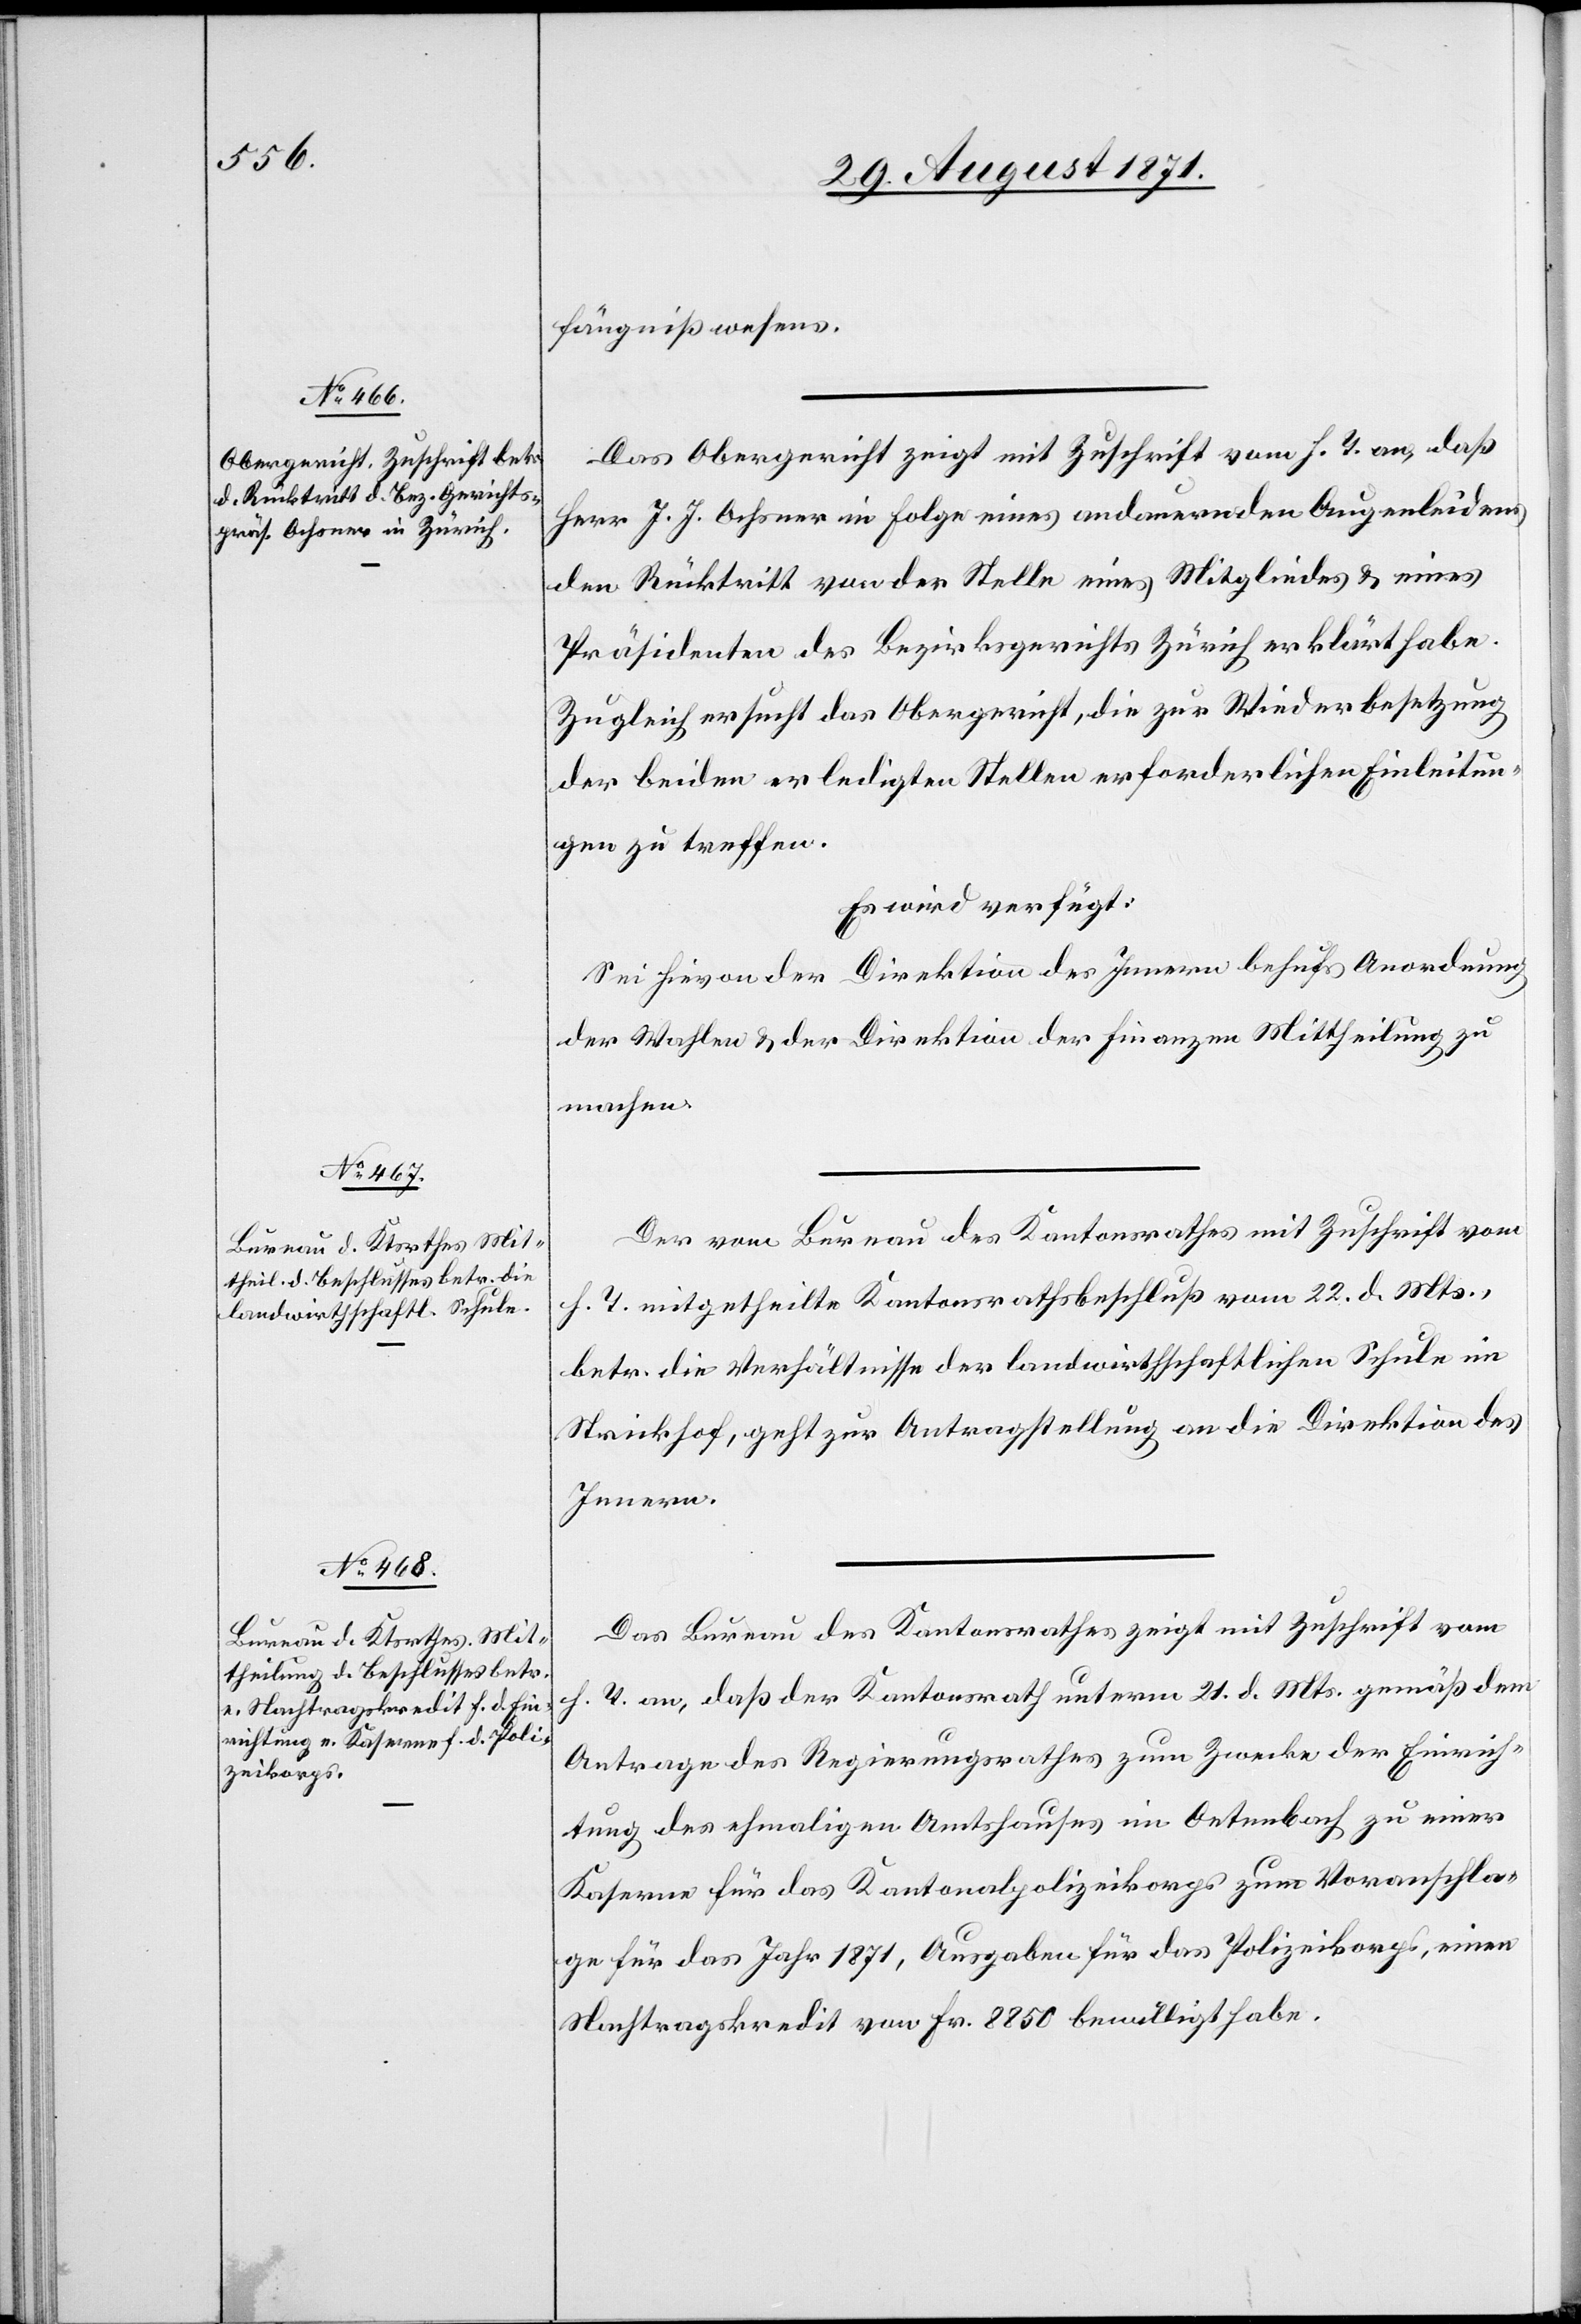
29. August 1871.]
fängniswesens.
Das Obergericht zeigt mit Zuschrift vom h. T. an, daß
Herr J. J. Ochsner in Folge eines andauernden Augenleidens
den Rücktritt von der Stelle eines Mitgliedes & eines
Präsidenten das Bezirksgerichts Zürich erklärt habe.
Zugleich ersucht das Obergericht, die zur Wiederbesetzung
der beiden erledigten Stellen erforderlichen Einleitun¬
gen zu treffen.
Es wird verfügt:
Sei hirvon der Direktion des Innern behufs Anordnung
der Wahlen & der Direktion der Finanzen Mittheilung zu
machen.
Der vom Bureau des Kantonsrathes mit Zuschrift vom
h. T. mitgetheilte Kantonsrathsbeschluß vom 22. d. Mts.,
betr. die Verhältnisse der landwirtschaftlichen Schule im
Strickhof, geht zur Antragstellung an die Direktion des
Innern.
Das Bureau des Kantonsrathes zeigt mit Zuschrift vom
h. T. an, daß der Kantonsrath unterm 21. d. Mts. gemäß dem
Antrage des Regierungsrathes zum Zwecke der Einrich¬
tung des ehmaligen Amtshauses in Oetenbach zu einer
Kaserne für das Kantonalpolizeikorps zum Voranschla¬
ge für das Jahr 1871, Ausgaben für das Polizeikorps, einen
Nachtragskredit von Fr. 8850 bewilligt habe.